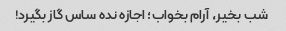
شب بخیر، آرام بخواب؛ اجازه نده ساس گاز بگیرد!